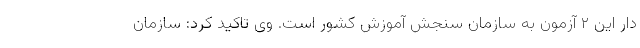
دار این ۲ آزمون به سازمان سنجش آموزش کشور است. وی تاکید کرد: سازمان